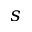
s